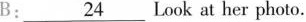
B\underline{24}:Look at her photo.